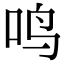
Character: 鸣